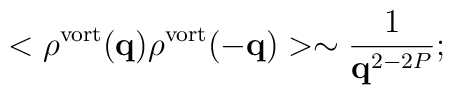
<\rho^{\rm vort} ({\bf q}) \rho^{\rm vort}({\bf -q})> \sim\frac{1}{{\bf q}^{2-2P}} ;